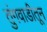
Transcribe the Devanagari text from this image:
तुंगवाडीतून